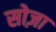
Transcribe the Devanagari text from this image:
सोज़ा